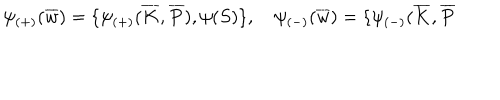
\psi _ { ( + ) } ( \overline { { { w } } } ) = \{ \psi _ { ( + ) } ( \overline { { { K } } } , \overline { { { P } } } ) , \psi ( S ) \} , \quad \psi _ { ( - ) } ( \overline { { { w } } } ) = \{ \psi _ { ( - ) } ( \overline { { { K } } } , \overline { { { P } } }